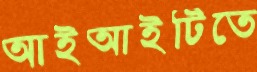
আইআইটিতে